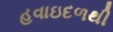
હવાઇદળથી